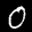
Label: 0